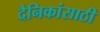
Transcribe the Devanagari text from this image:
दैनिकांसाठी